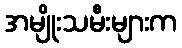
အမျိုးသမီးများက